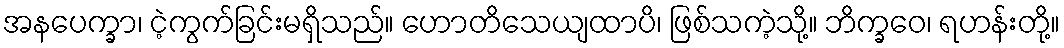
အနပေက္ခာ၊ ငဲ့ကွက်ခြင်းမရှိသည်။ ဟောတိသေယျထာပိ၊ ဖြစ်သကဲ့သို့။ ဘိက္ခဝေ၊ ရဟန်းတို့။